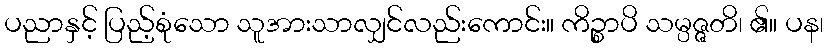
ပညာနှင့် ပြည့်စုံသော သူအားသာလျှင်လည်းကောင်း။ ကိဉ္စာပိ သမ္ပဇ္ဇတိ၊ ၏။ ပန၊